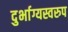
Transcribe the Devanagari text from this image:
दुर्भाग्यस्वरुप